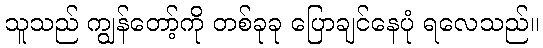
သူသည် ကျွန်တော့်ကို တစ်ခုခု ပြောချင်နေပုံ ရလေသည်။